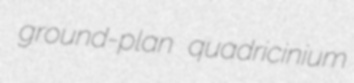
ground-plan quadricinium